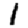
Digit: 1